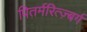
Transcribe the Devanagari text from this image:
पितर्मरित्ज़्बर्ग